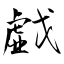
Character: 戱